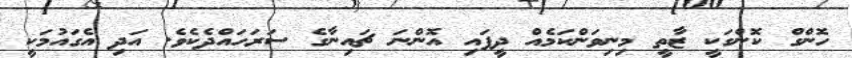
ހޮންގް ކޮންގަކީ ޒާތީ މިނިވަންކަމެއް ދީފައި އޮންނަ ޗައިނާގެ ސަރަހައްދެކެވެ. އަދި އެގައުމަކީ